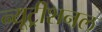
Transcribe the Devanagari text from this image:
न्यूट्रीशनल